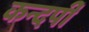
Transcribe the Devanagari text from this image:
कन्दर्पी